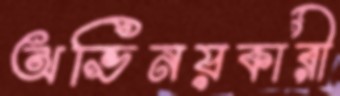
অভিনয়কারী